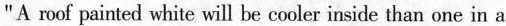
"A roof painted white wil be cooler inside than one in a